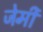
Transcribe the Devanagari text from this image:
जेर्मी